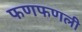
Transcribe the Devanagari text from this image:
फणफणली